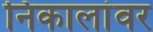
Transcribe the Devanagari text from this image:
निकालांवर